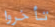
تأخروا